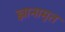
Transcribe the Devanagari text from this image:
ज्ञानामृत